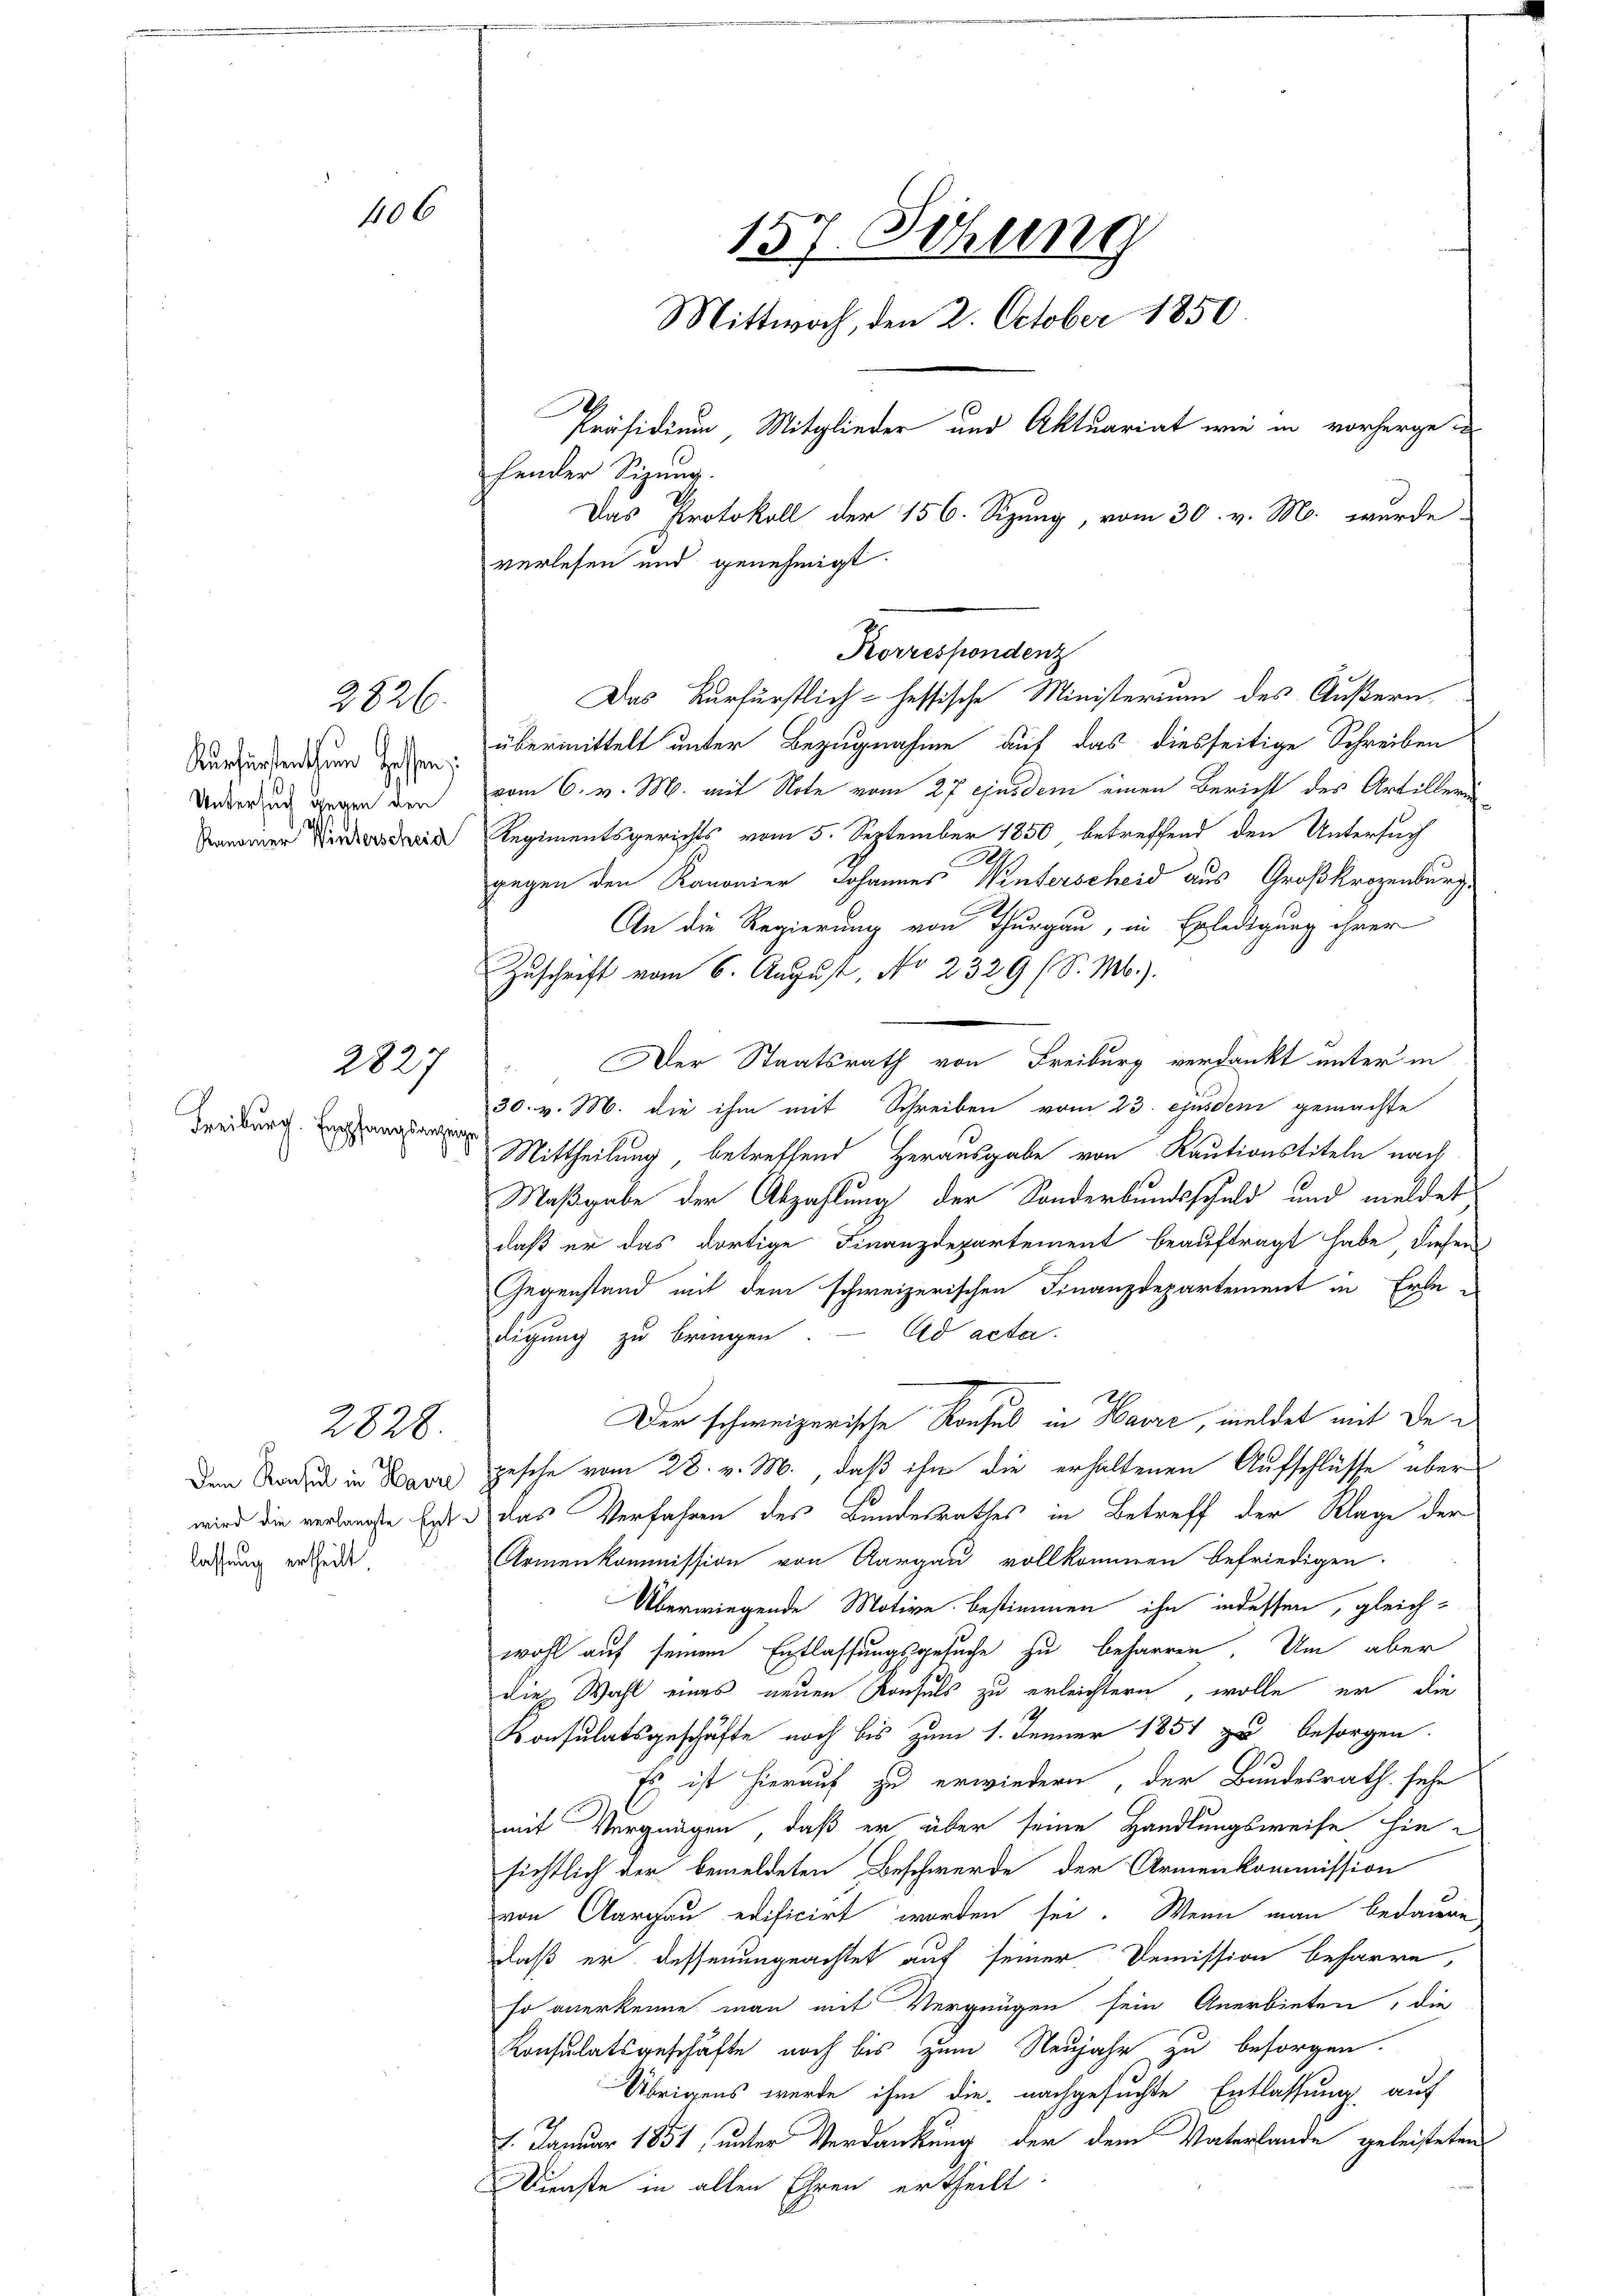
157. Sitzung
Mittwoch, den 2. October 1850
Präsidium, Mitglieder und Aktuariat wie in vorherge d
hender Sizung.
Das Protokoll der 156. Sizung, vom 30. v. M. wurde
verlesen und genehmigt.

1806

Das Kurfürstlich-hessische Ministerium des Äußern,
übermittelt unter Bezugnahme auf das diesseitige Schreiben
vom 6. v. M. mit Note vom 27. ejusdem einen Bericht des Artillerin
Regimentsgerichts vom 5. September 1850 betreffend den Untersuch
gegen den Kanonier Johannes Winterscheid aus Großkrozenburg
An die Regierung von Thurgau, in Erledigung ihrer
Zuschrift vom 6. August, No 2329 (S. M.).
Der Staatsrath von Freiburg verdankt unter in
30. v. M. die ihm mit Schreiben vom 23. ejusdem gemachte
her
Mittheilung, betreffend Herausgabe von Rautionstiteln nach
Maßgabe der Abzahlung der Sonderbundsschuld und meldet
daß er das dortige Finanzdepartement beauftragt habe diesem
Gegenstand mit dem schweizerischen Finanzdepartement in Erle-
digung zu bringen. Ad acta
Der schweizerische Konsul in Havre, meldet mit de
den Stadt in Man gesche vom 28. v. M., daß ihn die erhaltenen Aufschlüsse über
wird die verlangste Erden das Verfahren des Bundesrathes in Betreff der Klage der
Armenkommission von Aargau vollkommen befriedigen.
Überwiegende Motive bestimmen ihn indessen, gleichwohl auf seinem Entlassungsgesuche zu beharren. Um aber
dies Wahl eines neuen Konsuls zu erleichtern, wolle er die
2
Konsulatsgeschäfte noch bis zum 1. Jenner 1851 zu besorgen.
Es ist hierauf zu erwiedern, der Bundesrath sehe
mit Vergnügen, daß er über seine Handlungsweise hie
sichtlich der bemeldeten Beschwerde der Armenkommission
von Aargau edificirt worden sei. Wenn man bedauen
daß er dessenungeachtet auf seiner Demission beharre,
so anerkenne man mit Vergnügen sein Anerbieten, die
Consulatsgeschäfte noch bis zum Neujahr zu besorgen.
Übrigens werde ihm die nachgesuchte Entlassung auf
1. Januar 1851 unter Verdankung der dem Vaterlande geleisteten
Dienste in allen Ehren ertheilt.

Korrespondenz

2826.

Kurfürstenthum Hessen;
Untersuch gegen den
Kanonier Winterscheid

2827

Freiburg. Empfangsanzen

2828.

lassung ertheilt